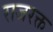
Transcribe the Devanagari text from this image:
राजरक्त